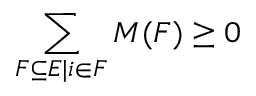
\sum _ { F \subseteq E | i \in F } M ( F ) \geq 0